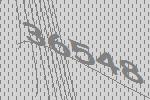
36548